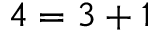
4 = 3 + 1